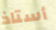
أستاذ